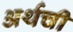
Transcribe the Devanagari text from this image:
अर्थची